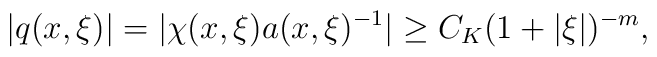
|q(x,\xi)|=|\chi(x,\xi)a(x,\xi)^{-1}|\geq C_K(1+|\xi|)^{-m},